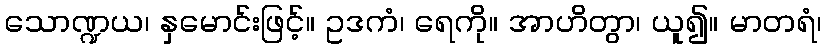
သောဏ္ဍယ၊ နှမောင်းဖြင့်။ ဥဒကံ၊ ရေကို။ အာဟိတွာ၊ ယူ၍။ မာတရံ၊